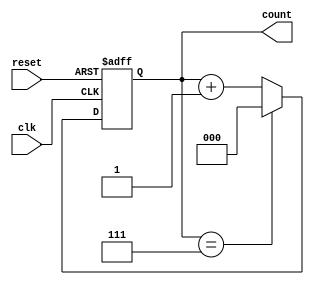
module divide_by_n_counter #(
    parameter N = 8 // Default value of N, can be changed as needed
)(
    input wire clk,       // Clock input
    input wire reset,     // Asynchronous reset input
    output reg [$clog2(N)-1:0] count // Output count value
);

    // Always block triggered on the rising edge of the clock or when reset is asserted
    always @(posedge clk or posedge reset) begin
        if (reset) begin
            count <= 0; // Reset the count to 0
        end else begin
            if (count == N - 1) begin
                count <= 0; // Reset to 0 when reaching N-1
            end else begin
                count <= count + 1; // Increment the count
            end
        end
    end

endmodule